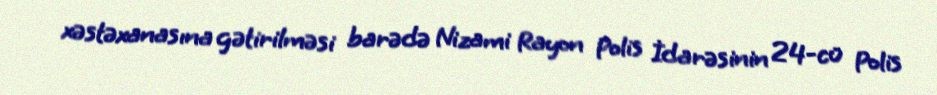
xəstəxanasına gətirilməsi barədə Nizami Rayon Polis İdarəsinin 24-cü Polis